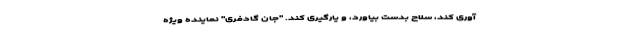
آوری کند، سلاح بدست بیاورد، و یارگیری کند. "جان گادفری" نماینده ویژه